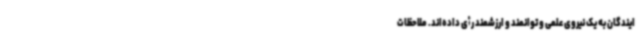
ایندگان به یک نیروی علمی و توانمند و ارزشمند رأی داده‌اند. ملاحظات